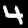
Label: 4